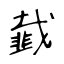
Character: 韯